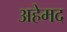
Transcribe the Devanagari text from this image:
अहेमद